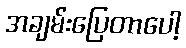
အချမ်းပြေတာပေါ့